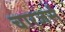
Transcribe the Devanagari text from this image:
चारजर्स